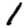
Digit: 1